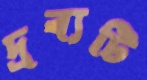
দ্রব্যটি